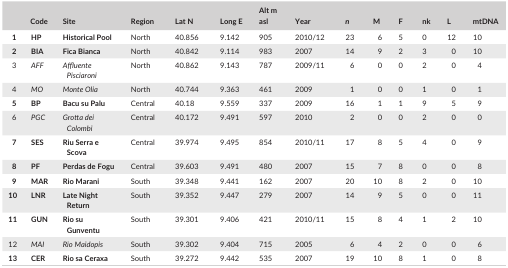
| <COLSPAN=2> Code | Site | Region | Lat N | Long E | Alt m asl | Year | n | M | F | nk | L | mtDNA |
 | --- | --- | --- | --- | --- | --- | --- | --- | --- | --- | --- | --- | --- | --- |
 | 1 | HP | Historical Pool | North | 40.856 | 9.142 | 905 | 2010/12 | 23 | 6 | 5 | 0 | 12 | 10 |
 | 2 | BIA | Fica Bianca | North | 40.842 | 9.114 | 983 | 2007 | 14 | 9 | 2 | 3 | 0 | 10 |
 | 3 | AFF | Affluente Pisciaroni | North | 40.862 | 9.143 | 787 | 2009/11 | 6 | 0 | 0 | 2 | 0 | 4 |
 | 4 | MO | Monte Olia | North | 40.744 | 9.363 | 461 | 2009 | 1 | 0 | 0 | 1 | 0 | 1 |
 | 5 | BP | Bacu su Palu | Central | 40.18 | 9.559 | 337 | 2009 | 16 | 1 | 1 | 9 | 5 | 9 |
 | 6 | PGC | Grotta dei Colombi | Central | 40.172 | 9.491 | 597 | 2010 | 2 | 0 | 0 | 2 | 0 | 0 |
 | 7 | SES | Riu Serra e Scova | Central | 39.974 | 9.495 | 854 | 2010/11 | 17 | 8 | 5 | 4 | 0 | 9 |
 | 8 | PF | Perdas de Fogu | Central | 39.603 | 9.491 | 480 | 2007 | 15 | 7 | 8 | 0 | 0 | 8 |
 | 9 | MAR | Rio Marani | South | 39.348 | 9.441 | 162 | 2007 | 20 | 10 | 8 | 2 | 0 | 10 |
 | 10 | LNR | Late Night Return | South | 39.352 | 9.447 | 279 | 2007 | 14 | 9 | 5 | 0 | 0 | 11 |
 | 11 | GUN | Rio su Gunventu | South | 39.301 | 9.406 | 421 | 2010/11 | 15 | 8 | 4 | 1 | 2 | 10 |
 | 12 | MAI | Rio Maidopis | South | 39.302 | 9.404 | 715 | 2005 | 6 | 4 | 2 | 0 | 0 | 6 |
 | 13 | CER | Rio sa Ceraxa | South | 39.272 | 9.442 | 535 | 2007 | 19 | 10 | 8 | 1 | 0 | 8 |